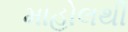
માહોલથી